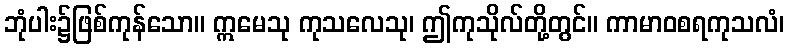
ဘုံပါး၌ဖြစ်ကုန်သော။ ဣမေသု ကုသလေသု၊ ဤကုသိုလ်တို့တွင်။ ကာမာဝစရကုသလံ၊